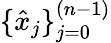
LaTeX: \{ \hat{x}_{j}\} _{j=0}^{(n-1)}